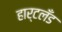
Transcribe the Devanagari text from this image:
हार्टलँड